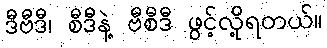
ဒီဗီဒီ၊ စီဒီနဲ့ ဗီစီဒီ ဖွင့်လို့ရတယ်။